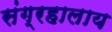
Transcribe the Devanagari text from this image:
संग्रहालाय